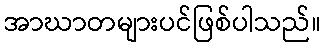
အာဃာတများပင်ဖြစ်ပါသည်။